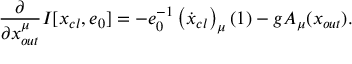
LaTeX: \frac { \partial } { \partial { x } _ { o u t } ^ { \mu } } I [ x _ { c l } , e _ { 0 } ] = - e _ { 0 } ^ { - 1 } \left( \dot { x } _ { c l } \right) _ { \mu } ( 1 ) - g A _ { \mu } ( x _ { o u t } ) .